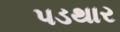
પડથાર